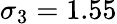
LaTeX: \sigma_{3}=1.55